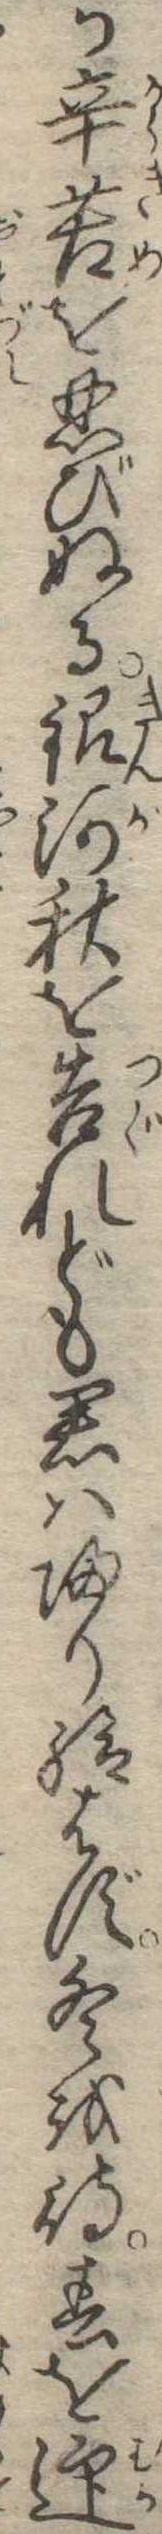
か辛苦を忍びぬる銀河秋を告れども君は帰り給はず冬を待春を迎